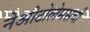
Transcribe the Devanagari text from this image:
नेओटोलेमसची